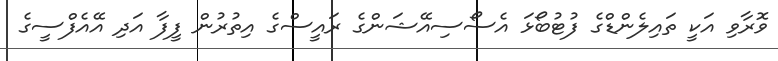
ވޮރާވި އަކީ ތައިލެންޑްގެ ފުޓުބޯޅަ އެސޯސިއޭޝަންގެ ރައީސްގެ އިތުރުން ފީފާ އަދި އޭއެފްސީގެ